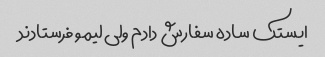
ایستک ساده سفارش دادم ولی لیمو فرستادند